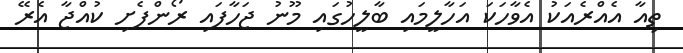
ތިއާ އެއްރެއަކު އެވާހަކަ އަހާލީމައި ބާލީހުގައި މޫނު ޖަހާފައި ރޯންފެށި ކުއްޖާ އެރޭ